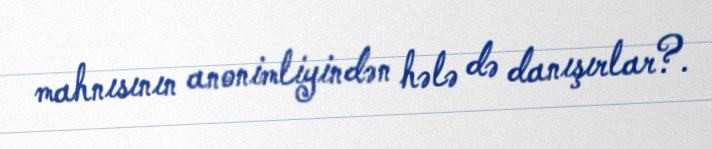
mahnısının anonimliyindən hələ də danışırlar?.